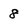
Character: 8